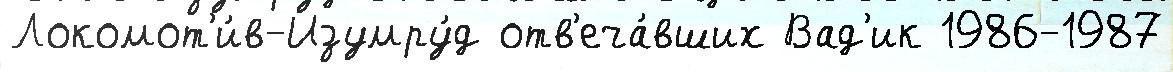
Локомот'и́в-Изумру́д отв'еча́вших Вад'ик 1986-1987